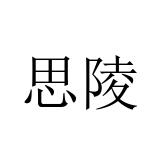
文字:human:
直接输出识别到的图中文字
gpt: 思陵